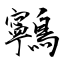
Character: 鸋